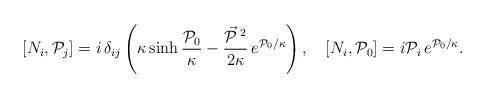
LaTeX: \begin{align*}[N_i, {\cal P}_j] = i\, \delta_{ij}\left(\kappa\sinh \frac{{\cal P}_0}\kappa - \frac{\vec{{\cal P}}\,{}^2}{2\kappa}\, e^{{\cal P}_0/\kappa}\right),\quad [N_i, {\cal P}_0] = i {\cal P}_i\, e^{{\cal P}_0/\kappa}.\end{align*}